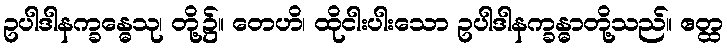
ဥပါဒါနက္ခန္ဓေသု၊ တို့၌။ တေဟိ၊ ထိုငါးပါးသော ဥပါဒါနက္ခန္ဓာတို့သည်။ ဧတ္ထ